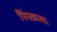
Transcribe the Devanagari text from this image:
पिंपळाला